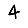
Digit: 4